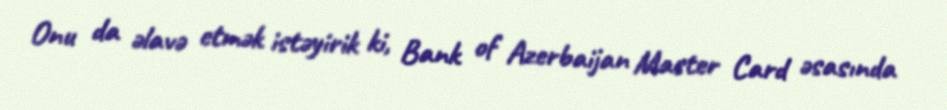
Onu da əlavə etmək istəyirik ki, Bank of Azerbaijan Master Card əsasında